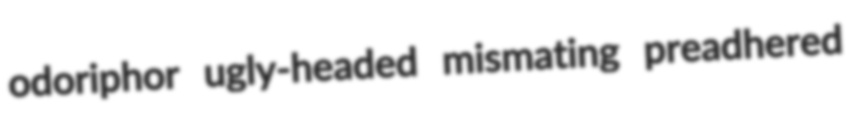
odoriphor ugly-headed mismating preadhered